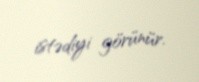
istədiyi görünür.